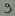
Text: 9